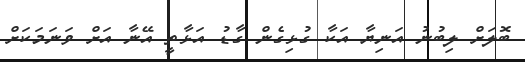
ބޮލަށް ލިބުނު އަނިޔާ އަކާ ގުޅިގެން ގާޑު އަޅާތީ އޭނާ އަށް ވަނަމަކަށް